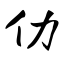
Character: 仂